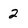
Character: 2